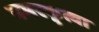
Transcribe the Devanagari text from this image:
नमस्कृत्वा